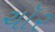
ચૉર